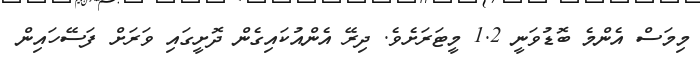
މިމަސް އެންމެ ބޮޑުވަނީ 1.2 މީޓަރަށެވެ. ދިރޭ އެންއުކައިގެން ދޮށީގައި ވަރަށް ފަސޭހައިން